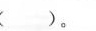
( )。